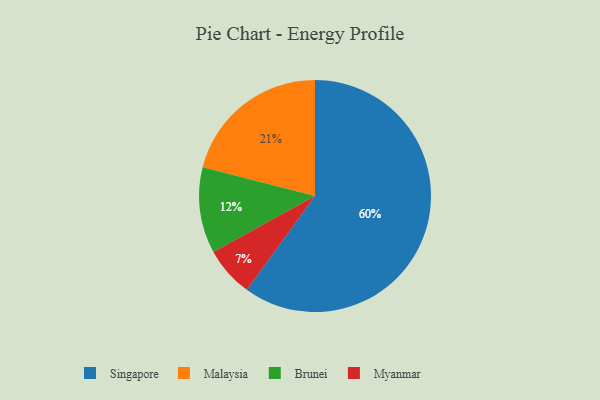
{"axis": {"x": "Category", "y": "Percentage"}, "legend": ["Brunei", "Malaysia", "Myanmar", "Singapore"], "data": [{"x": "Malaysia", "y": 21, "type": "Malaysia"}, {"x": "Singapore", "y": 60, "type": "Singapore"}, {"x": "Brunei", "y": 12, "type": "Brunei"}, {"x": "Myanmar", "y": 7, "type": "Myanmar"}]}